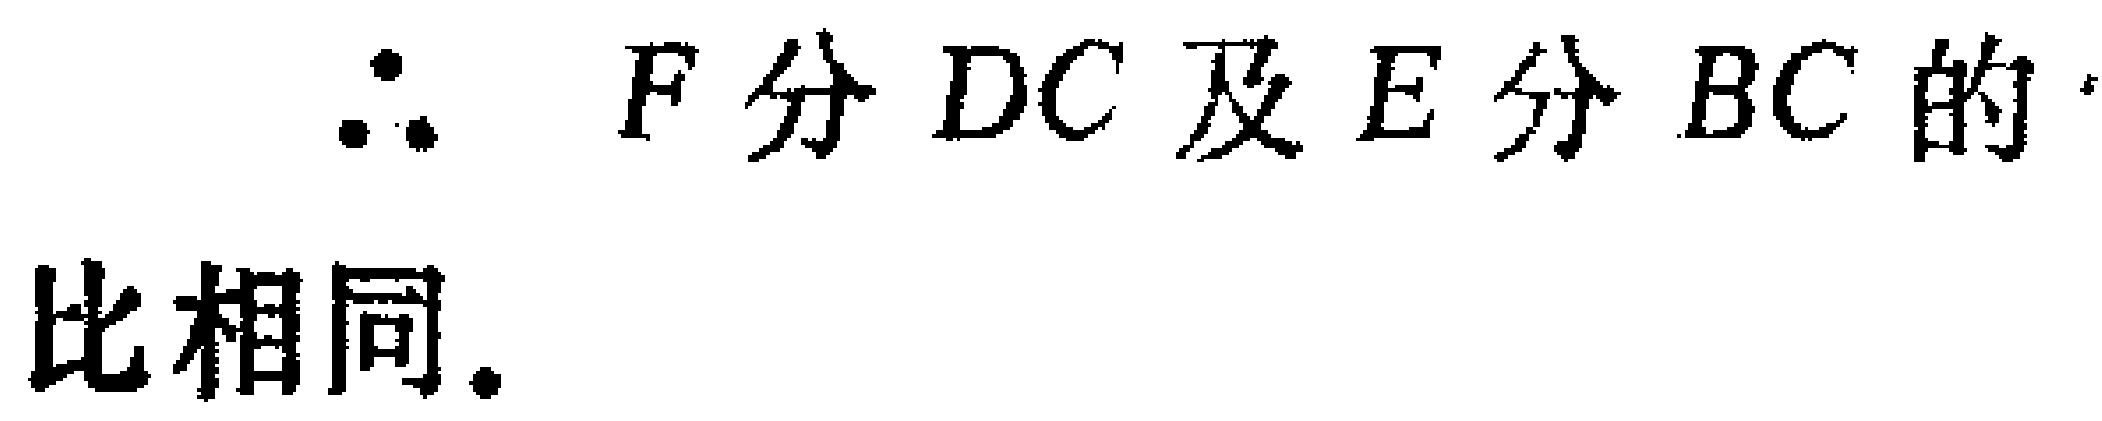
$\therefore\ F分\ DC及E分\ BC的$比相同.